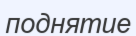
поднятие